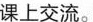
课上交流。